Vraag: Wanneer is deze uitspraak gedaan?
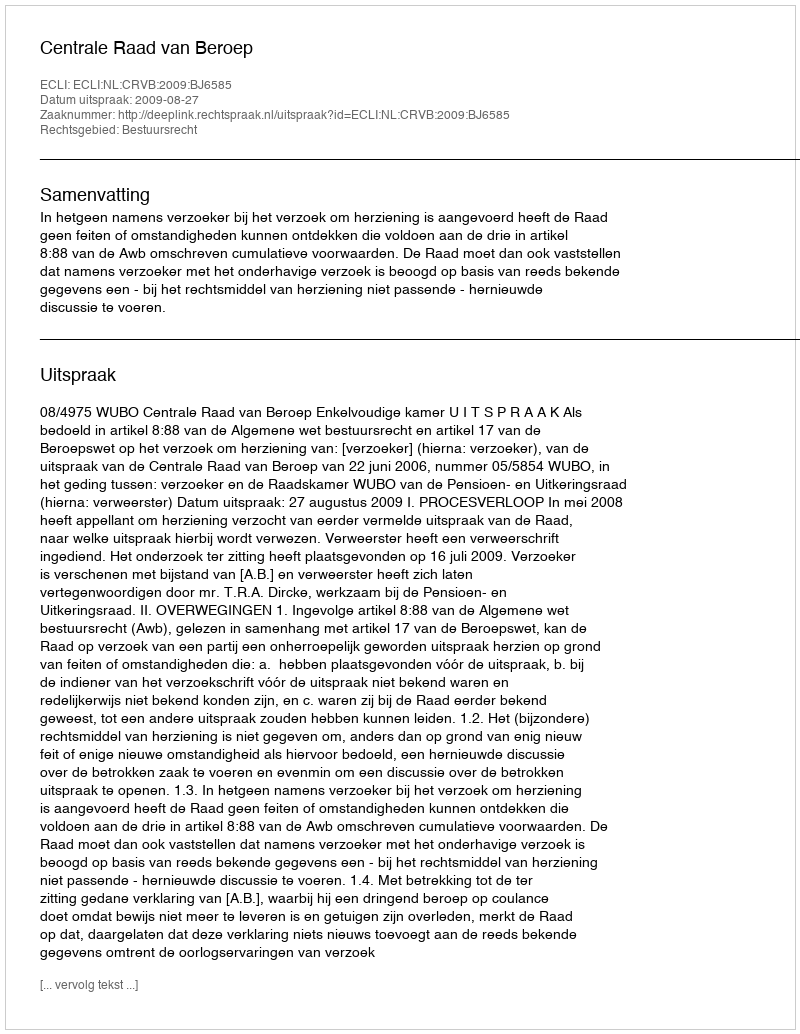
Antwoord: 2009-08-27